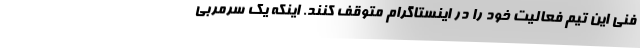
فنی این تیم فعالیت خود را در اینستاگرام متوقف کنند. اینکه یک سرمربی